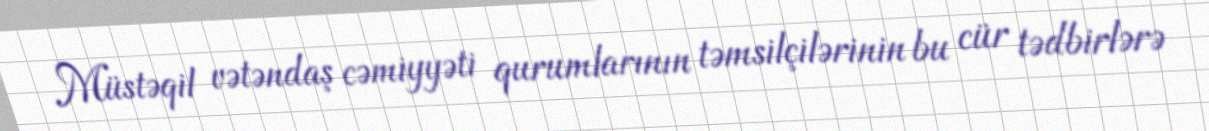
Müstəqil vətəndaş cəmiyyəti qurumlarının təmsilçilərinin bu cür tədbirlərə